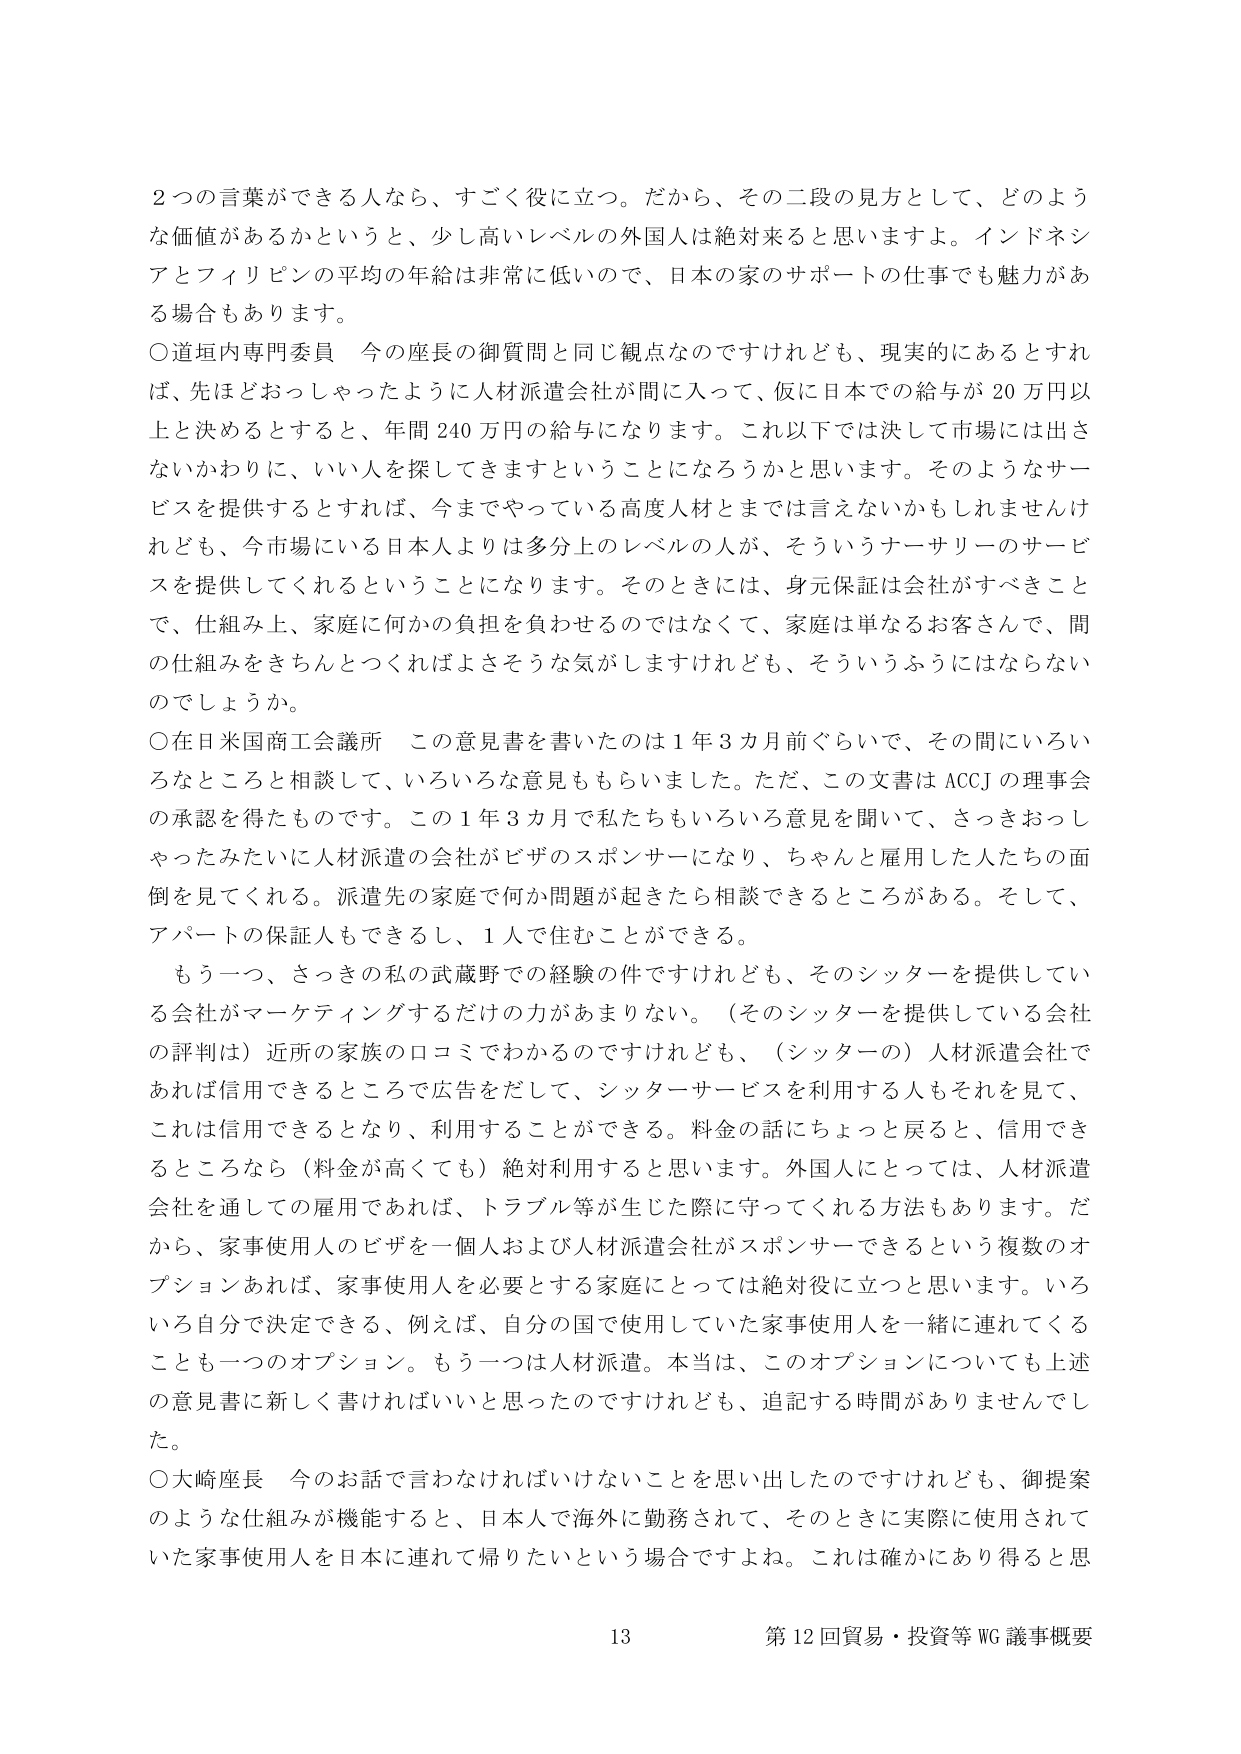
2つの言葉ができる人なら、すごく役に立つ。だから、その二段の見方として、どのような価値があるかというと、少し高いレベルの外国人は絶対来ると思いますよ。インドネシアとフィリピンの平均の年給は非常に低いので、日本の家のサポートの仕事でも魅力がある場合もあります。

○道垣内専門委員　今の座長の御質問と同じ観点なのですけれども、現実的にあるとすれば、先ほどおっしゃったように人材派遣会社が関に入って、仮に日本での給与が20万円以上と決めるとして、年間240万円の給与になります。これ以下では決して市場には出さないかわりに、いい人を探してきますということになろうかと思います。そのようなサービスを提供するとすれば、今までやっている高度人材とまでは言えないかもしれませんが、今市場にいる日本人よりは多分上のレベルの人が、そういうナーサリーのサービスを提供してくれるということになります。そのときには、身元保証は会社がすべきことで、仕組み上、家庭に何かの負担を負わせるのではなくて、家庭は単なるお客さんで、関の仕組みをきちんとつくればよさそうな気がしますけれども、そういうふうにはならないのでしょうか。

○在日米国商工会議所　この意見書を書いたのは1年3カ月前ぐらいで、その間にいろいろなところと相談して、いろいろな意見ももらいました。ただ、この文書はACCIの理事会の承認を得たものです。この1年3カ月で私たちもいろいろな意見を聞いて、さっきおっしゃったみたいに人材派遣の会社がビザのスポンサーになり、ちゃんと雇用した人たちの面倒を見てくれる。派遣先の家庭で何か問題が起きたら相談できるところがある。そして、アパートの保証人もできるし、1人で住むことができる。

もう一つ、さっきの私の武蔵野での経験の件ですけれども、そのシッターを提供している会社がマーケティングするだけの力があまりない。（そのシッターを提供している会社の評判）近所の家族の口コミでわかるのですけれども、（シッターの）人材派遣会社であれば信用できるところで広告をだして、シッターサービスを利用する人もそれを見て、これは信用できるとなり、利用することができる。料金の話にちょっと戻ると、信用できるところなら（料金が高くても）絶対利用すると思います。外国人にとっては、人材派遣会社を通じての雇用であれば、トラブル等が生じた際に守ってくれる方法もあります。だから、家事使用人のビザを一個人および人材派遣会社がスポンサーできるという複数のオプションがあれば、家事使用人を必要とする家庭にとっては絶対役に立つと思います。いろいろ自分で決定できる、例えば、自分の国で使用していた家事使用人を一緒に連れてくることも一つのオプション。もう一つは人材派遣。本当は、このオプションについても上述の意見書に新しく書ければいいと思ったのですけれども、追記する時間がありませんでした。

○大崎座長　今のお話で言わなければならないことを思い出したのですけれども、御提案のような仕組みが機能すると、日本人で海外に勤務されて、そのときに実際に使用されていた家事使用人を日本に連れて帰りたいという場合ですよね。これは確かにあり得ると思

13 第12回貿易・投資等WG議事概要